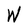
Character: W